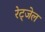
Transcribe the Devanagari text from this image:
रेट्जेल